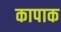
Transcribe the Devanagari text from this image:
कापाक